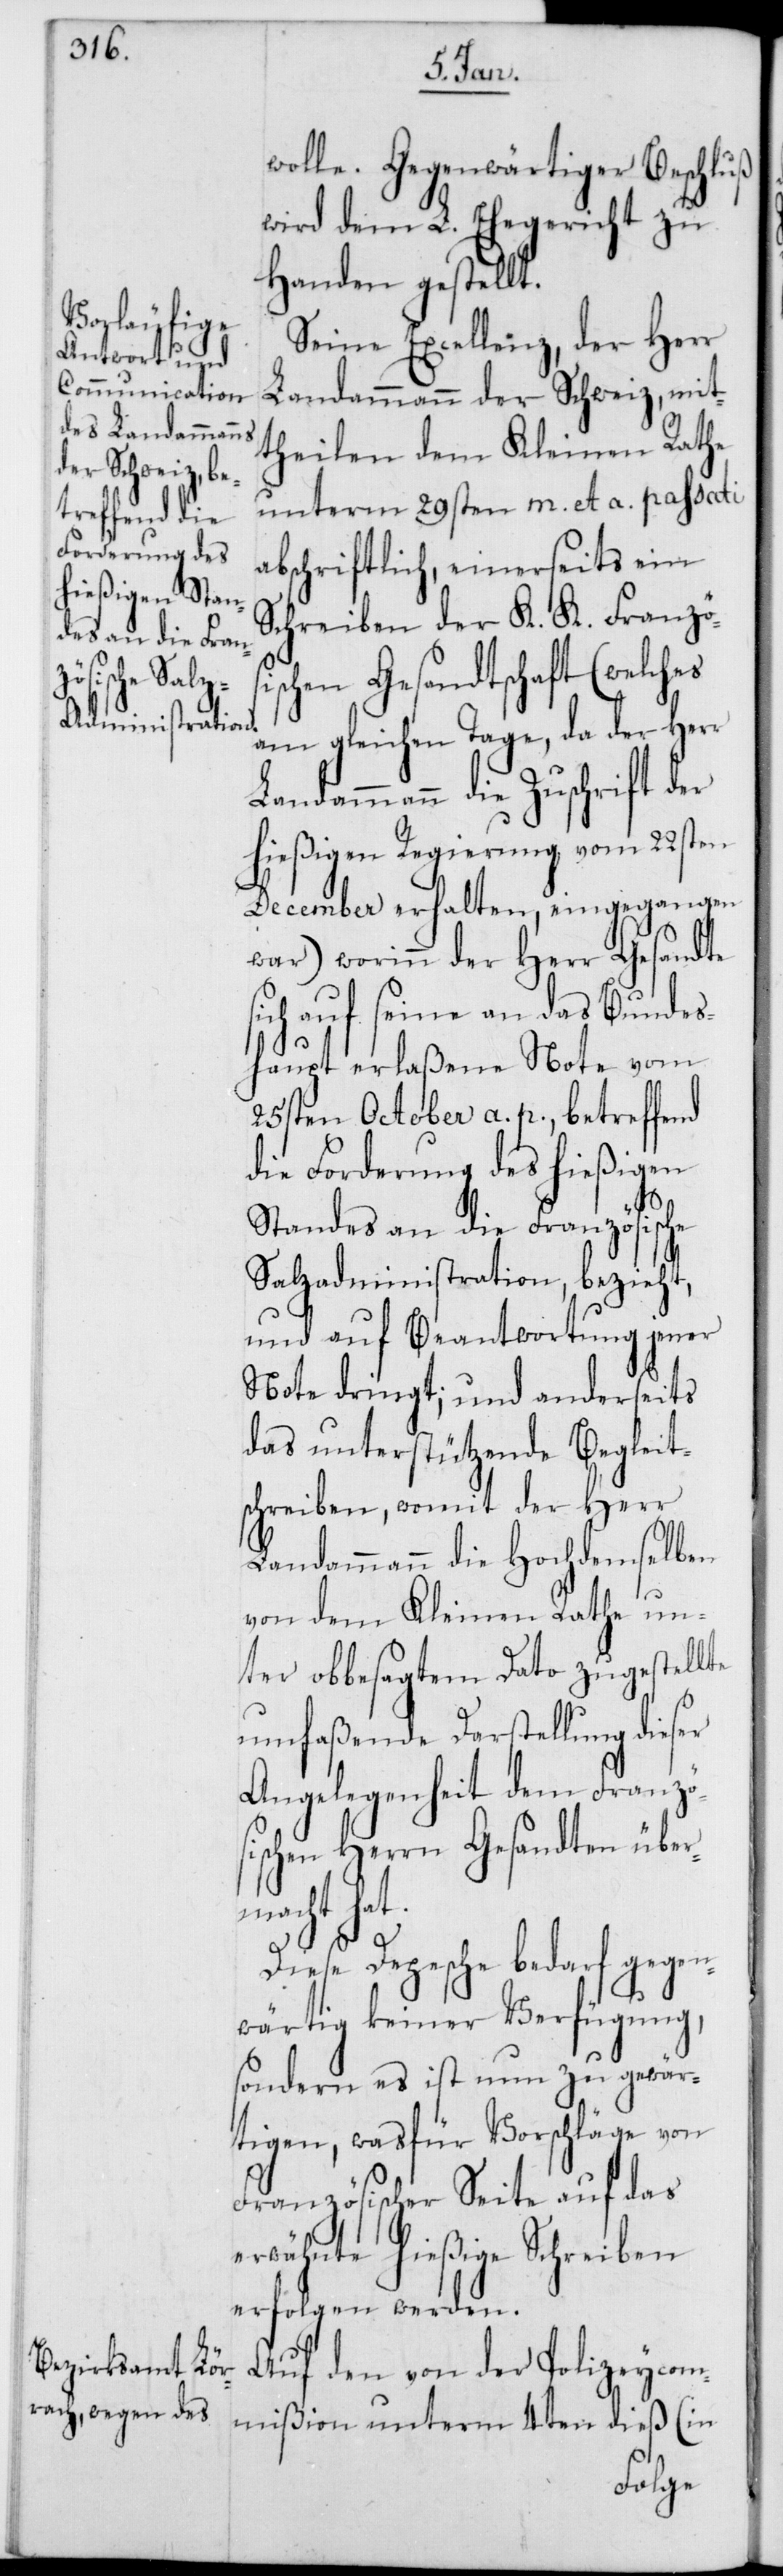
Gegenwärtiger Beschluß
wird dem L. Ehegericht zu
Handen gestellt.
Seine Excellenz, der Herr
Landammann der Schweiz, mit¬
theilen dem Kleinen Rathe
unterm 29sten m. et a. passati
abschriftlich, einerseits ein
Schreiben der K. K. Französi¬
schen Gesandtschaft (welches
am gleichen Tage, da der Herr
Landammann die Zuschrift der
hießigen Regierung vom 22sten
December erhalten, eingegangen
war) worinn der Herr Gesandte s¬
ich auf seine an das Bundes¬
haupt erlaßene Note vom
25sten October a. p., betreffend
die Forderung des hießigen
Standes an die Französische
Salzadministration, bezieht,
und auf Beantwortung jener
Note dringt; und anderseits
das unterstützende Begleit¬
schreiben, womit der Herr
Landammann die Hochdemselben
von dem Kleinen Rathe un¬
ter obbesagtem Dato zugestellte
umfaßende Darstellung dieser
Angelegenheit dem Französ¬
ischen Herrn Gesandten über¬
macht hat.
Diese Depesche bedarf gegen¬
wärtig keiner Verfügung,
sondern es ist nun zu gewär¬
tigen, was für Vorschläge von
Französischer Seite auf das
erwähnte hießige Schreiben
erfolgen werden.
Auf den von der Polizeycom¬
mißion unterm 4ten dieß (in